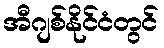
အီဂျစ်နိုင်ငံတွင်